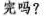
完吗?